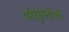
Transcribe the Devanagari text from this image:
संकुलांची